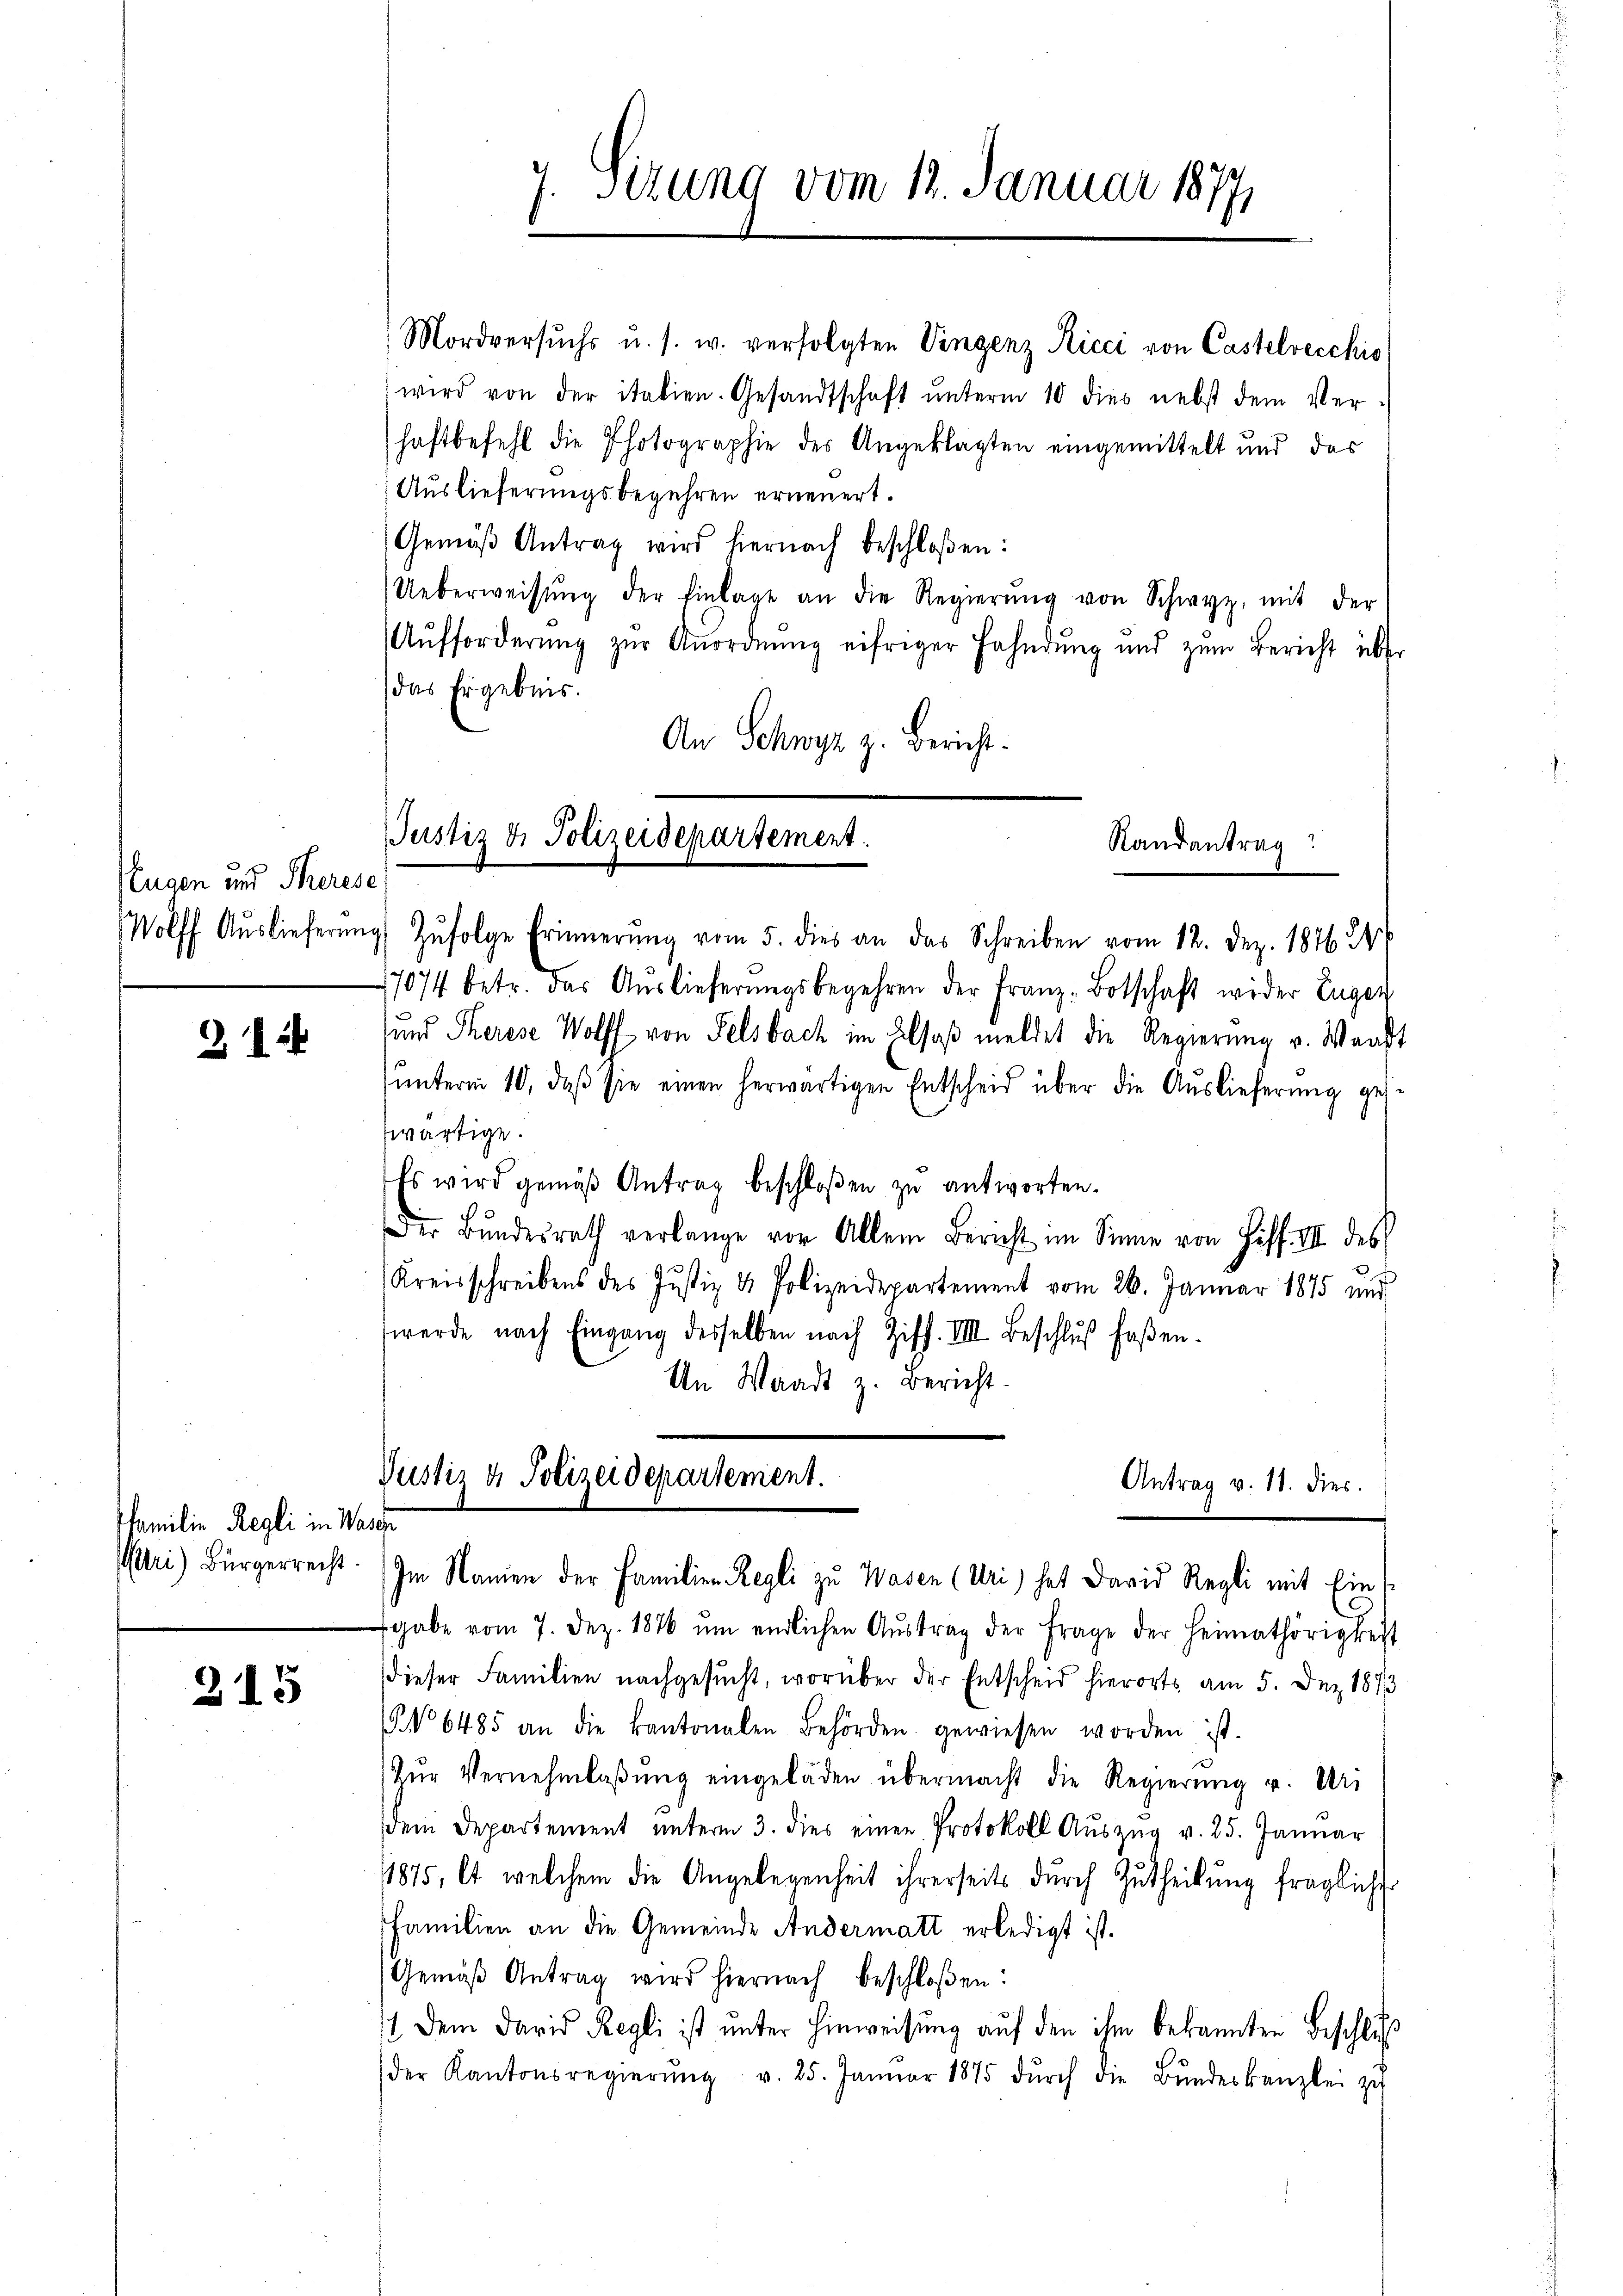
Rugen und Therese,

212

Pfamilie Regli in Wasse

215

d
Stzung vom 12. Januar 1877
e

Mordversuchs u. s. w. verfolgten Vingenz Ricci von Castelvecchio
wird von der italien. Gesandtschaft unterm 10 dies nebst dem Verhaftbefehl die Photographie des Angeklagten eingemittelt und das
Auslieferungsbegehren erneuert.
Gemäβ Antrag wird hiernach beschloßen:
Ueberweisŭng der Einlage an die Regierŭng von Schwyz, mit der
Aŭfforderŭng zŭr Anordnŭng eifriger Fahndung und zŭm Bericht über
das Ergebnis.
An Schwyz z. Bericht.
17074 betr. das Auslieferungsbegehren der Franz-Botschaft wider Eugen
und Therese Wolff von Felsbach im Elsaß meldet die Regierung u. Waadt
ŭnterm 10. daβ sie einen herwärtigen Entscheid über die Aŭslieferŭng ges
wärtige.
Es wird gemäβ Antrag beschloßen zŭ antworten.
Der Bŭndesrath verlange vor Allem Bericht im Sinne von Ziff. III des
Kreisschreibens des Justiz & Polizeidepartement vom 26. Januar 1875 und
werde nach Eingang desselben nach Ziff. VIII. Beschlŭβ faßen.
An Waadt z. Bericht
Justiz & Polizeidepartement.
Antrag v. 11. dies.
Wari) Bürgerrecht. Im Namen der Familien Regli zu Wasen (Uri) hat David Regli mit Ein
gabe vom 7. Dez. 1876 ŭm endlichen Aŭstrag der Frage der Heimathörigkeit
dieser Familien nachgesŭcht, worüber der Entscheid hierorts am 5. Dez. 1873
No 6485 an die kantonalen Behörden gewiesen worden ist.
Zŭr Vernehmlaβŭng eingeladen übermacht die Regierŭng u. Uri
dem Departement unterm 3. dies einen Protokoll Aŭszŭg v. 25. Januar
1875, et welchem die Angelegenheit ihrerseits durch Zutheilŭng fraglicher
Familien an die Gemeinde Andermatt erledigt ist.
Gemäβ Antrag wird hiernach beschloßen:
st dem David Regli ist unter Hinweisung auf den ihm bekannten Beschluß
der Kantonsregierŭng v. 25. Janŭar 1875 dŭrch die Bŭndeskanzlei zu

Justiz & Polizeidepartement.
Randantrag
Wolff Auslieferŭng Zŭfolge Erinnerung vom 5. dies an das Schreiben vom 12. Dez. 1876 24